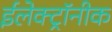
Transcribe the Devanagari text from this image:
ईलेक्ट्रॉनीक